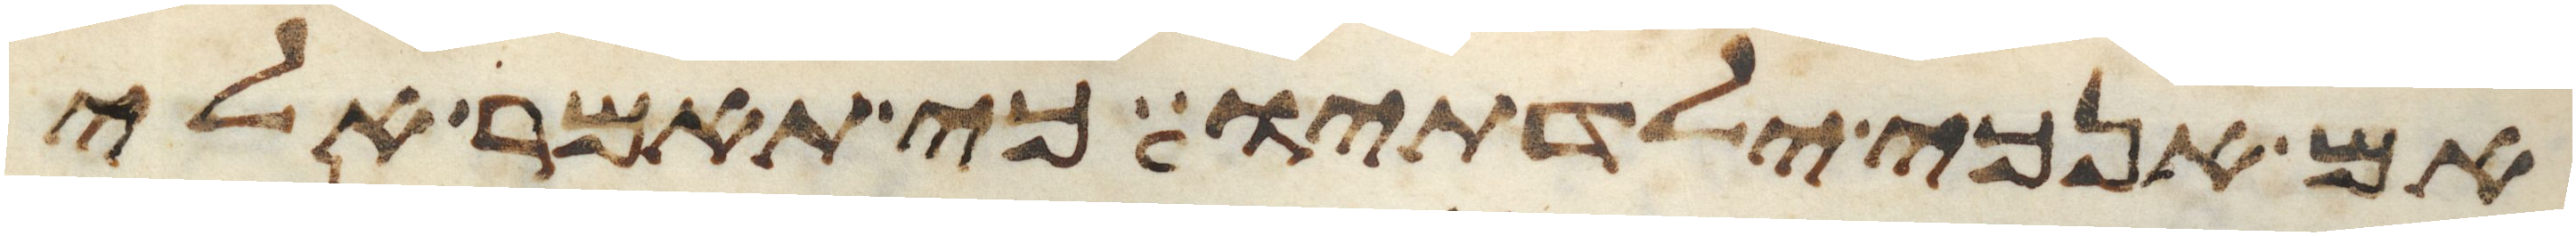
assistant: אם אנכי ילדתיו כי תאמר אלי